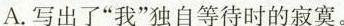
A.写出了”我”独自等待时的寂寞.